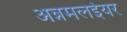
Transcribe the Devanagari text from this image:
अन्नमलईयर